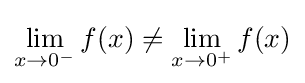
\lim _{x\to 0^{-}}f(x)\neq \lim _{x\to 0^{+}}f(x)